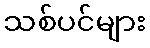
သစ်ပင်များ